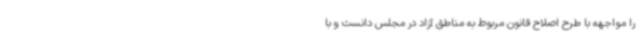
را مواجهه با طرح اصلاح قانون مربوط به مناطق آزاد در مجلس دانست و با